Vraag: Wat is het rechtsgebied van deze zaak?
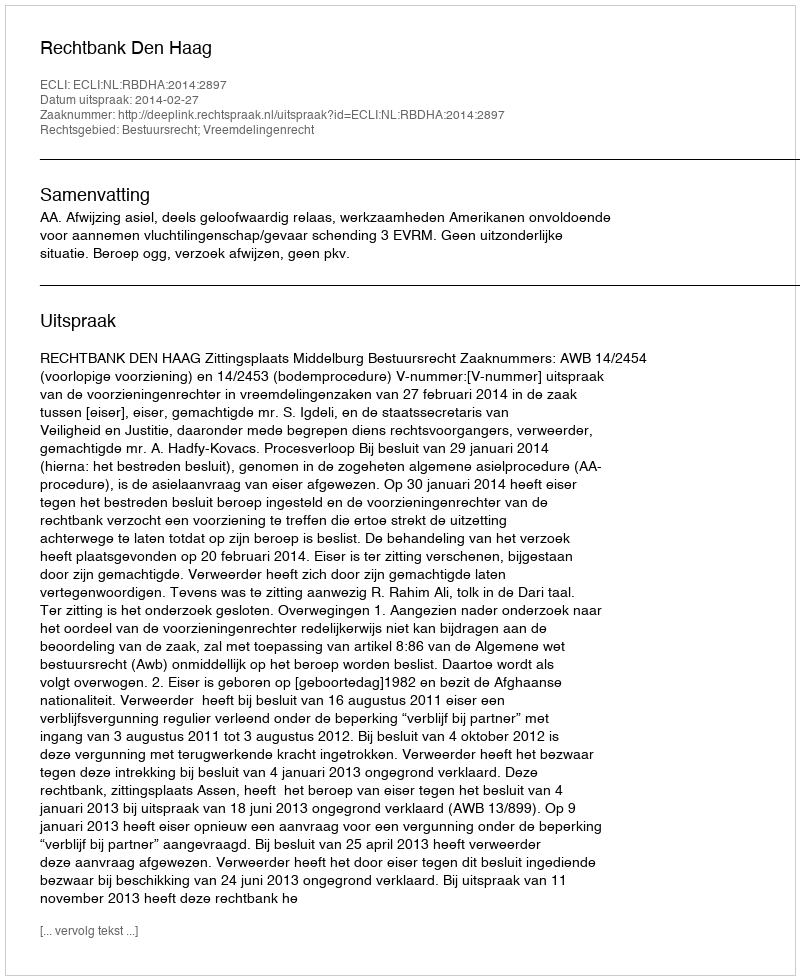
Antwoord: Bestuursrecht; Vreemdelingenrecht